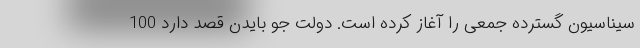
سیناسیون گسترده جمعی را آغاز کرده است. دولت جو بایدن قصد دارد 100